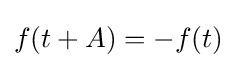
f(t+A)=-f(t)